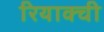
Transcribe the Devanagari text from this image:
रियाक्ची